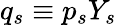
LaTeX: q_{s}\equiv p_{s}Y_{s}